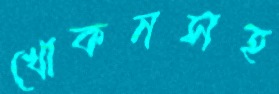
খোকনসহ